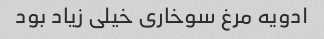
ادویه مرغ سوخاری خیلی زیاد بود